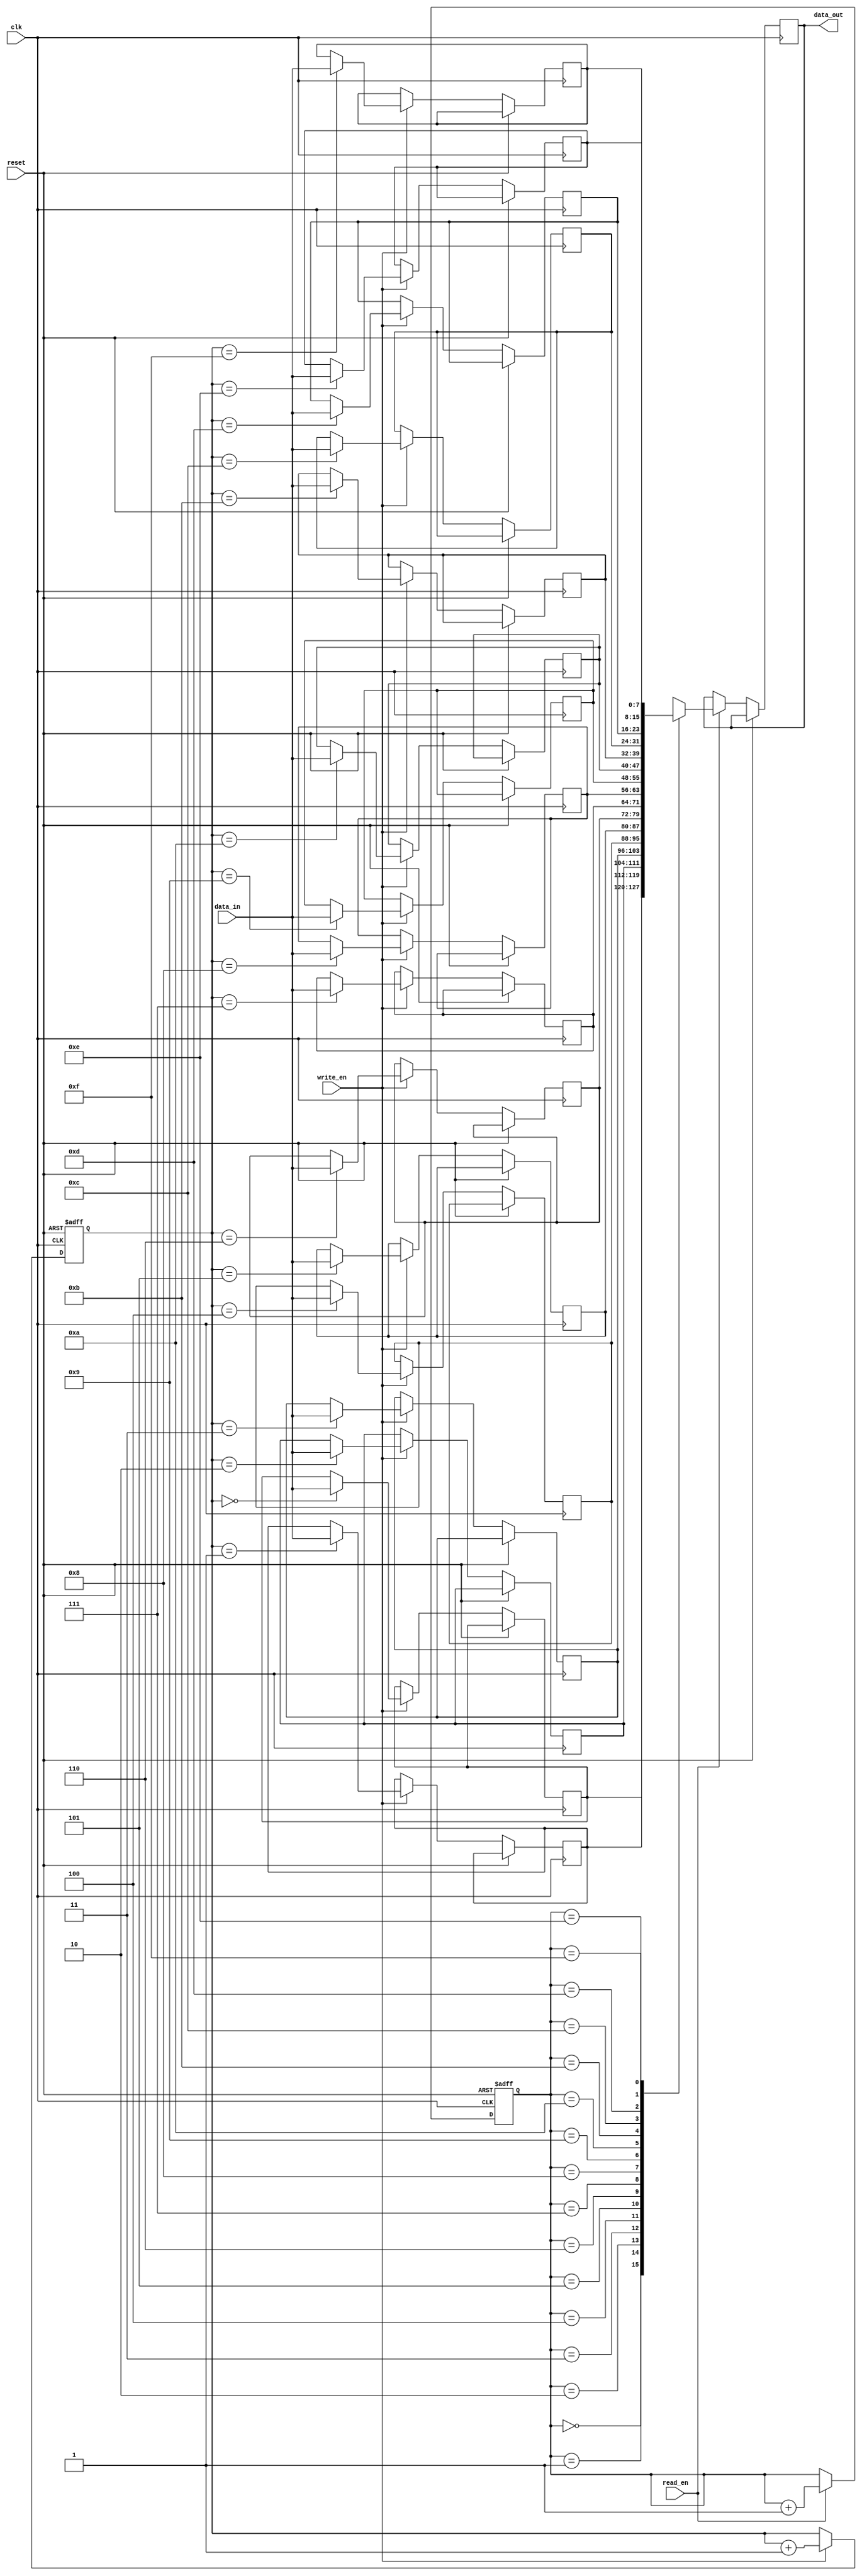
module synchronous_fifo (
    input wire clk,
    input wire reset,
    input wire write_en,
    input wire read_en,
    input wire [7:0] data_in,
    output reg [7:0] data_out
);

reg [7:0] memory [0:15];
reg [3:0] read_ptr;
reg [3:0] write_ptr;

always @ (posedge clk or posedge reset) begin
    if (reset) begin
        read_ptr <= 4'b0000;
        write_ptr <= 4'b0000;
    end else begin
        if (write_en) begin
            memory[write_ptr] <= data_in;
            write_ptr <= write_ptr + 1;
        end
        if (read_en) begin
            data_out <= memory[read_ptr];
            read_ptr <= read_ptr + 1;
        end
    end
end

endmodule